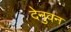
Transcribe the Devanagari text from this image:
देनुवन